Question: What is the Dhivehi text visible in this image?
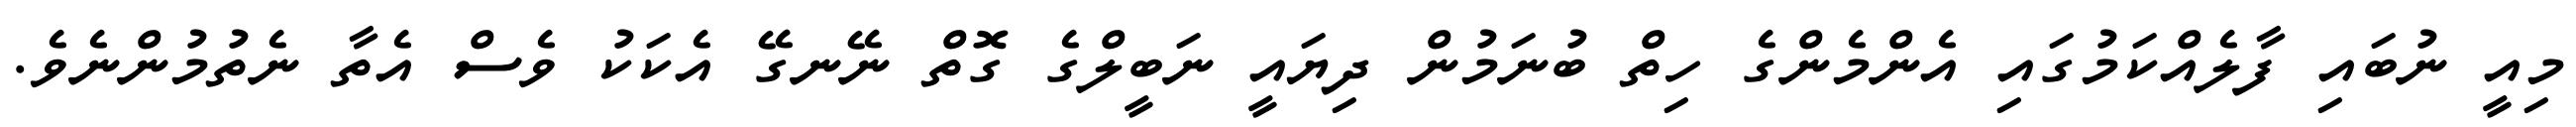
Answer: މިއީ ނުބައި ފާލެއްކަމުގައި އެންމެންގެ ހިތް ބުނަމުން ދިޔައީ ނަބީލްގެ ގޮތް ނޭނގޭ އެކަކު ވެސް އެތާ ނެތުމުންނެވެ.